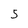
Character: 5